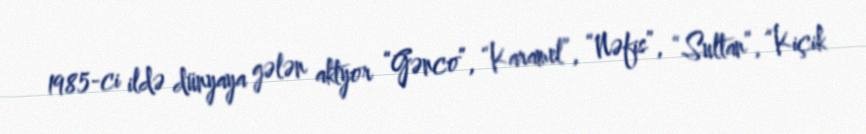
1985-ci ildə dünyaya gələn aktyor “Gənco”, “Karamel”, “Nəfis”, “Sultan”, “Kiçik